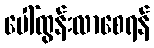
ပေါ်ထွန်းလာစေရန်